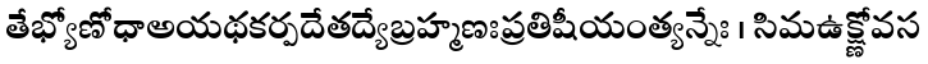
తేభ్యోణోధాఅయథకర్పదేతద్యేబ్రహ్మణఃప్రతిషీయంత్యన్నేః । సిమఉక్ష్ణోవస